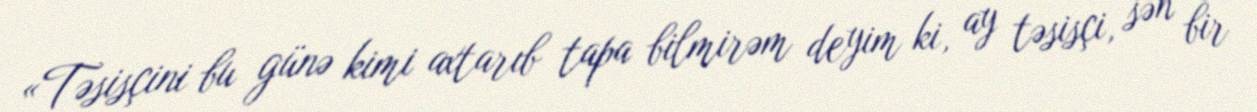
«Təsisçini bu günə kimi axtarıb tapa bilmirəm deyim ki, ay təsisçi, sən bir